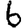
Digit: 6